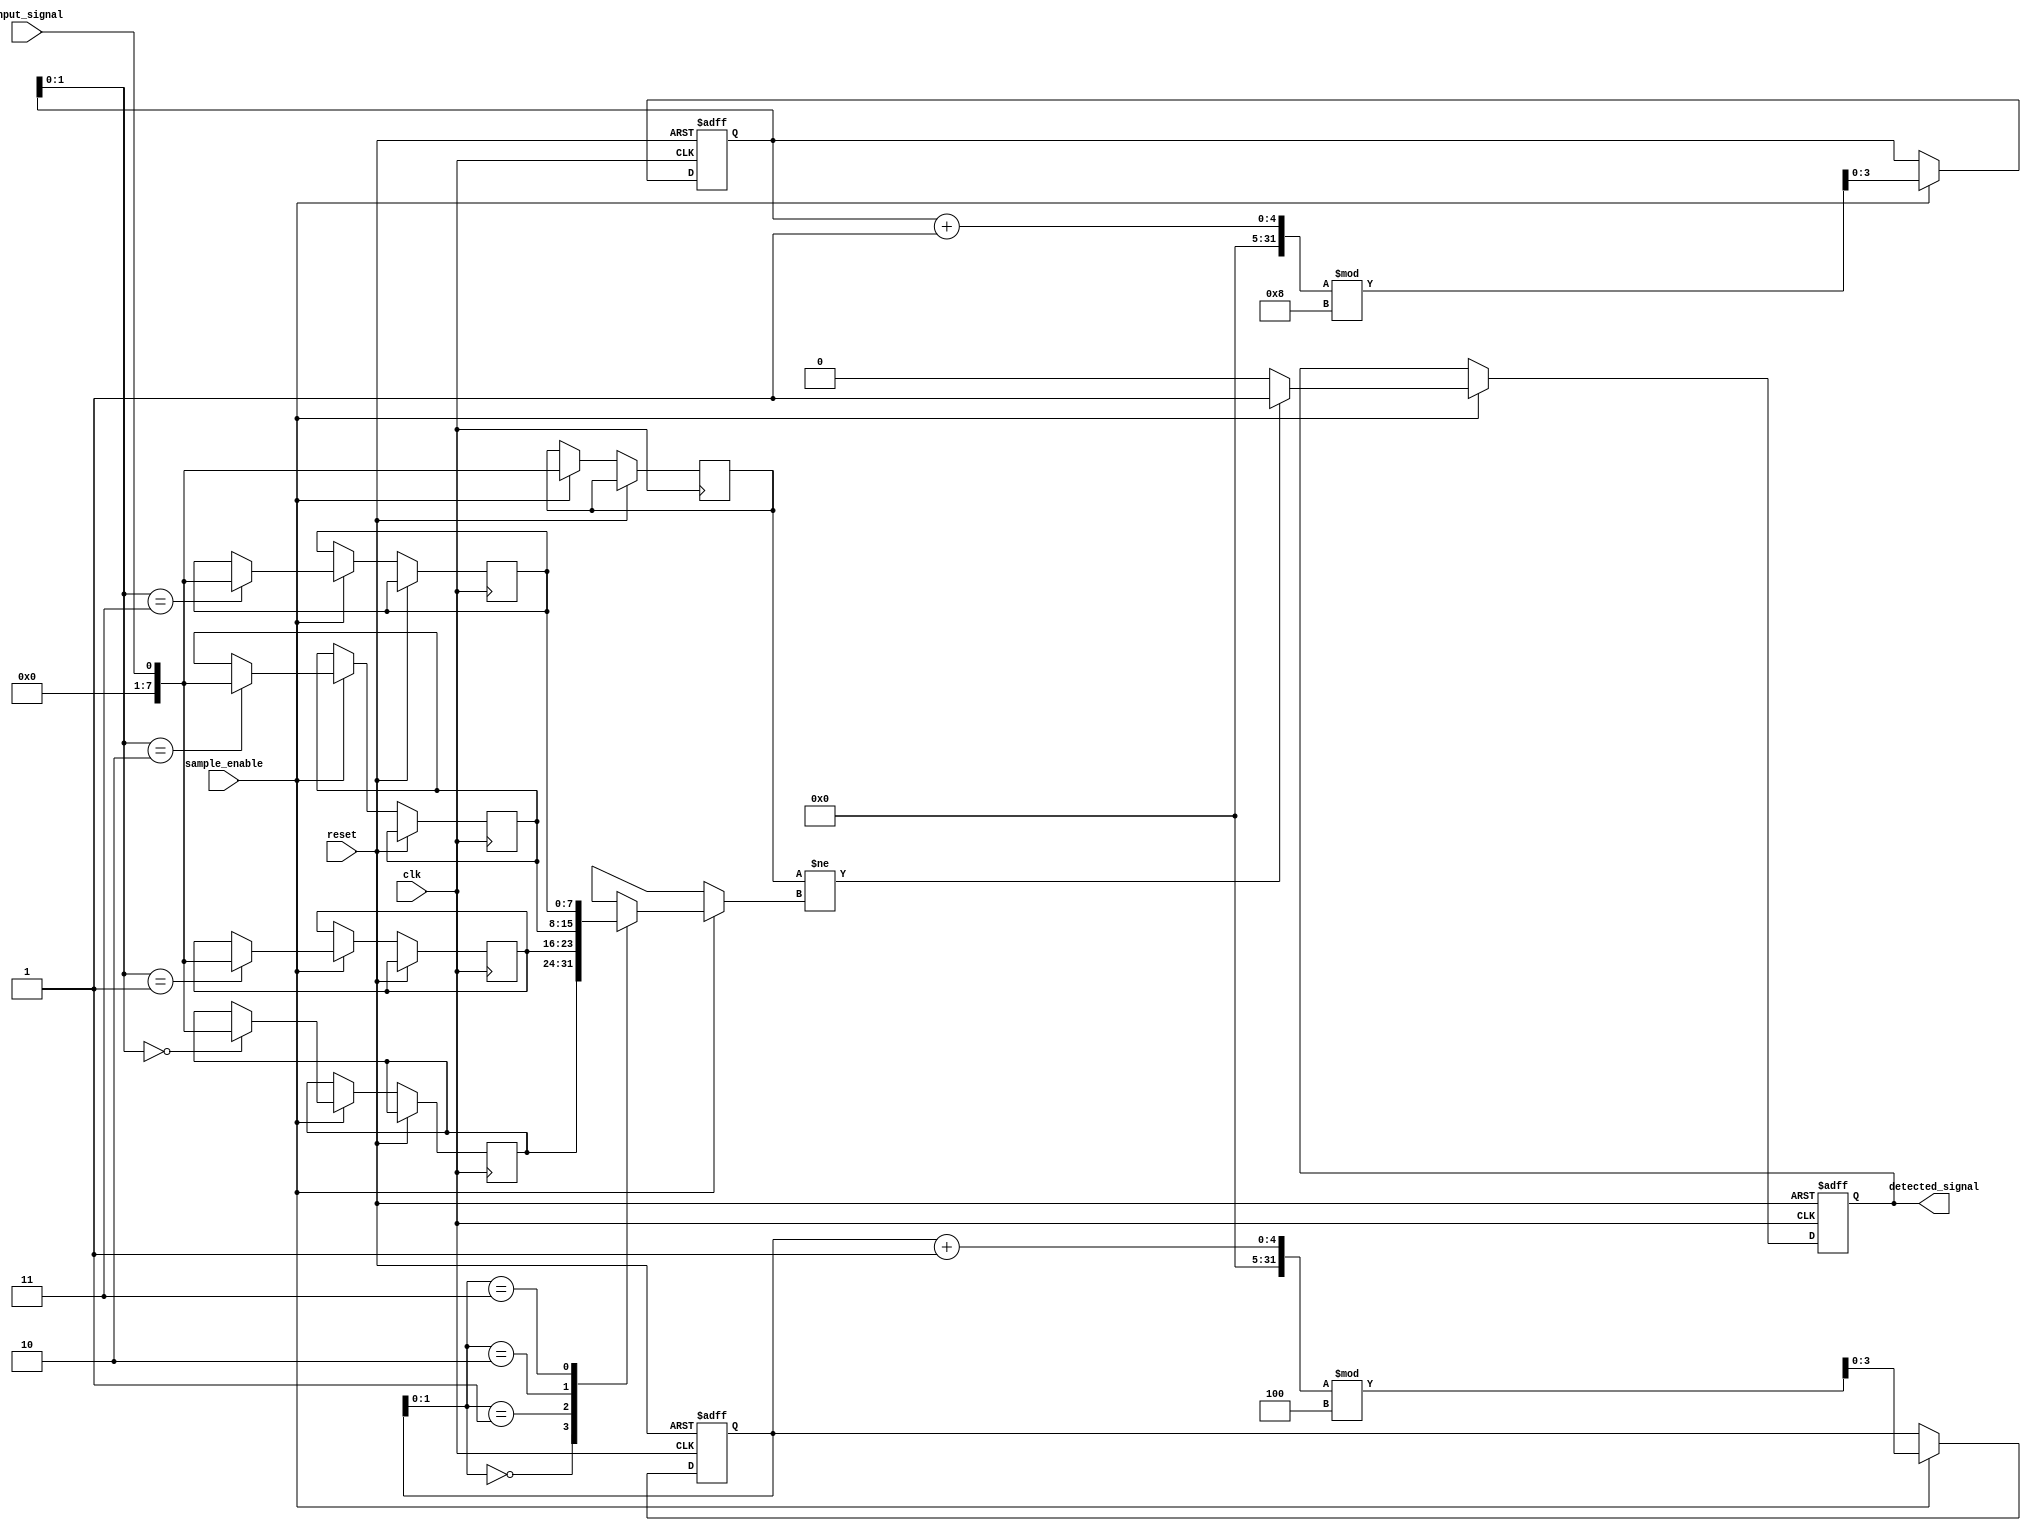
module MemoryBlocksSamplingDelayLineDetector #(
    parameter SAMPLE_DEPTH = 8, // Number of samples to store
    parameter DELAY_LENGTH = 4   // Number of clock cycles for delay
)(
    input wire clk,              // Clock signal
    input wire reset,            // Asynchronous reset
    input wire sample_enable,     // Signal to enable sampling
    input wire input_signal,      // Input signal to be sampled
    output reg detected_signal    // Output signal indicating detection
);

    // Memory blocks to store sampled values
    reg [SAMPLE_DEPTH-1:0] memory [0:DELAY_LENGTH-1]; // Memory array
    reg [SAMPLE_DEPTH-1:0] current_sample;             // Current sample
    reg [3:0] sample_index;                             // Index for memory storage
    reg [3:0] delay_index;                              // Index for delay line

    // Control logic to sample the input signal
    always @(posedge clk or posedge reset) begin
        if (reset) begin
            sample_index <= 0;
            delay_index <= 0;
            detected_signal <= 0;
        end else if (sample_enable) begin
            // Store the current sample in memory
            memory[sample_index] <= input_signal;
            current_sample <= input_signal;

            // Update the sample index
            sample_index <= (sample_index + 1) % SAMPLE_DEPTH;

            // Update the delay index
            delay_index <= (delay_index + 1) % DELAY_LENGTH;

            // Detection logic: Compare current sample with delayed samples
            if (current_sample != memory[delay_index]) begin
                detected_signal <= 1; // Pattern detected
            end else begin
                detected_signal <= 0; // No pattern detected
            end
        end
    end

endmodule